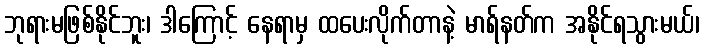
ဘုရားမဖြစ်နိုင်ဘူး၊ ဒါကြောင့် နေရာမှ ထပေးလိုက်တာနဲ့ မာရ်နတ်က အနိုင်ရသွားမယ်၊